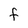
Character: F